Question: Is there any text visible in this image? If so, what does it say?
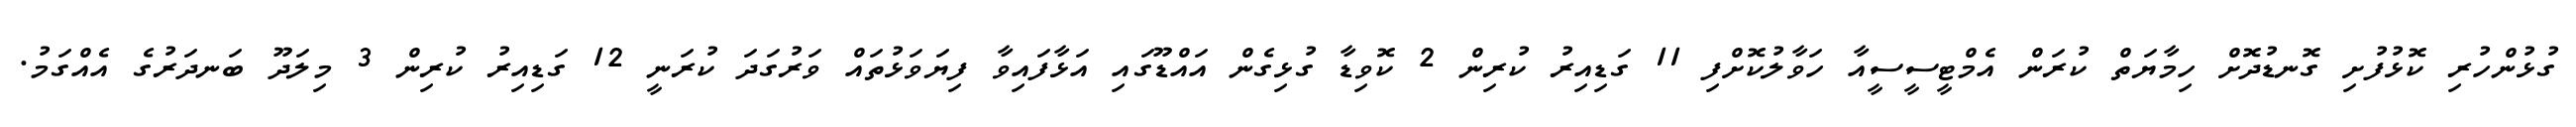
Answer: ގުޅުންހުރި ކޮޅުފުށި ގޮނޑުދޮށް ހިމާޔަތް ކުރަން އެމްޓީސީސީއާ ހަވާލުކޮށްފި 11 ގަޑިއިރު ކުރިން 2 ކޮވިޑާ ގުޅިގެން އައްޑޫގައި އަޅާފައިވާ ފިޔަވަޅުތައް ވަރުގަދަ ކުރަނީ 12 ގަޑިއިރު ކުރިން 3 މިލަދޫ ބަނދަރުގެ އެއްގަމު.